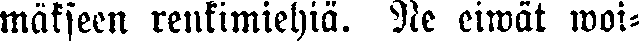
mäkseen renkimiehiä. Ne eiwät woi-